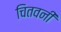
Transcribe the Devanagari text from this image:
चितवनी